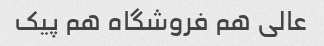
عالی هم فروشگاه هم پیک